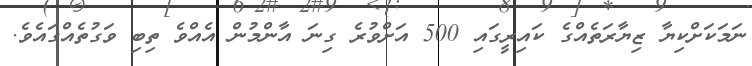
ނަމަކަށްކިޔާ ޒިޔާރަތެއްގެ ކައިރީގައި 500 އަށްވުރެ ގިނަ އާންމުން އެއްވެ ތިބި ވަގުތެއްގައެވެ.